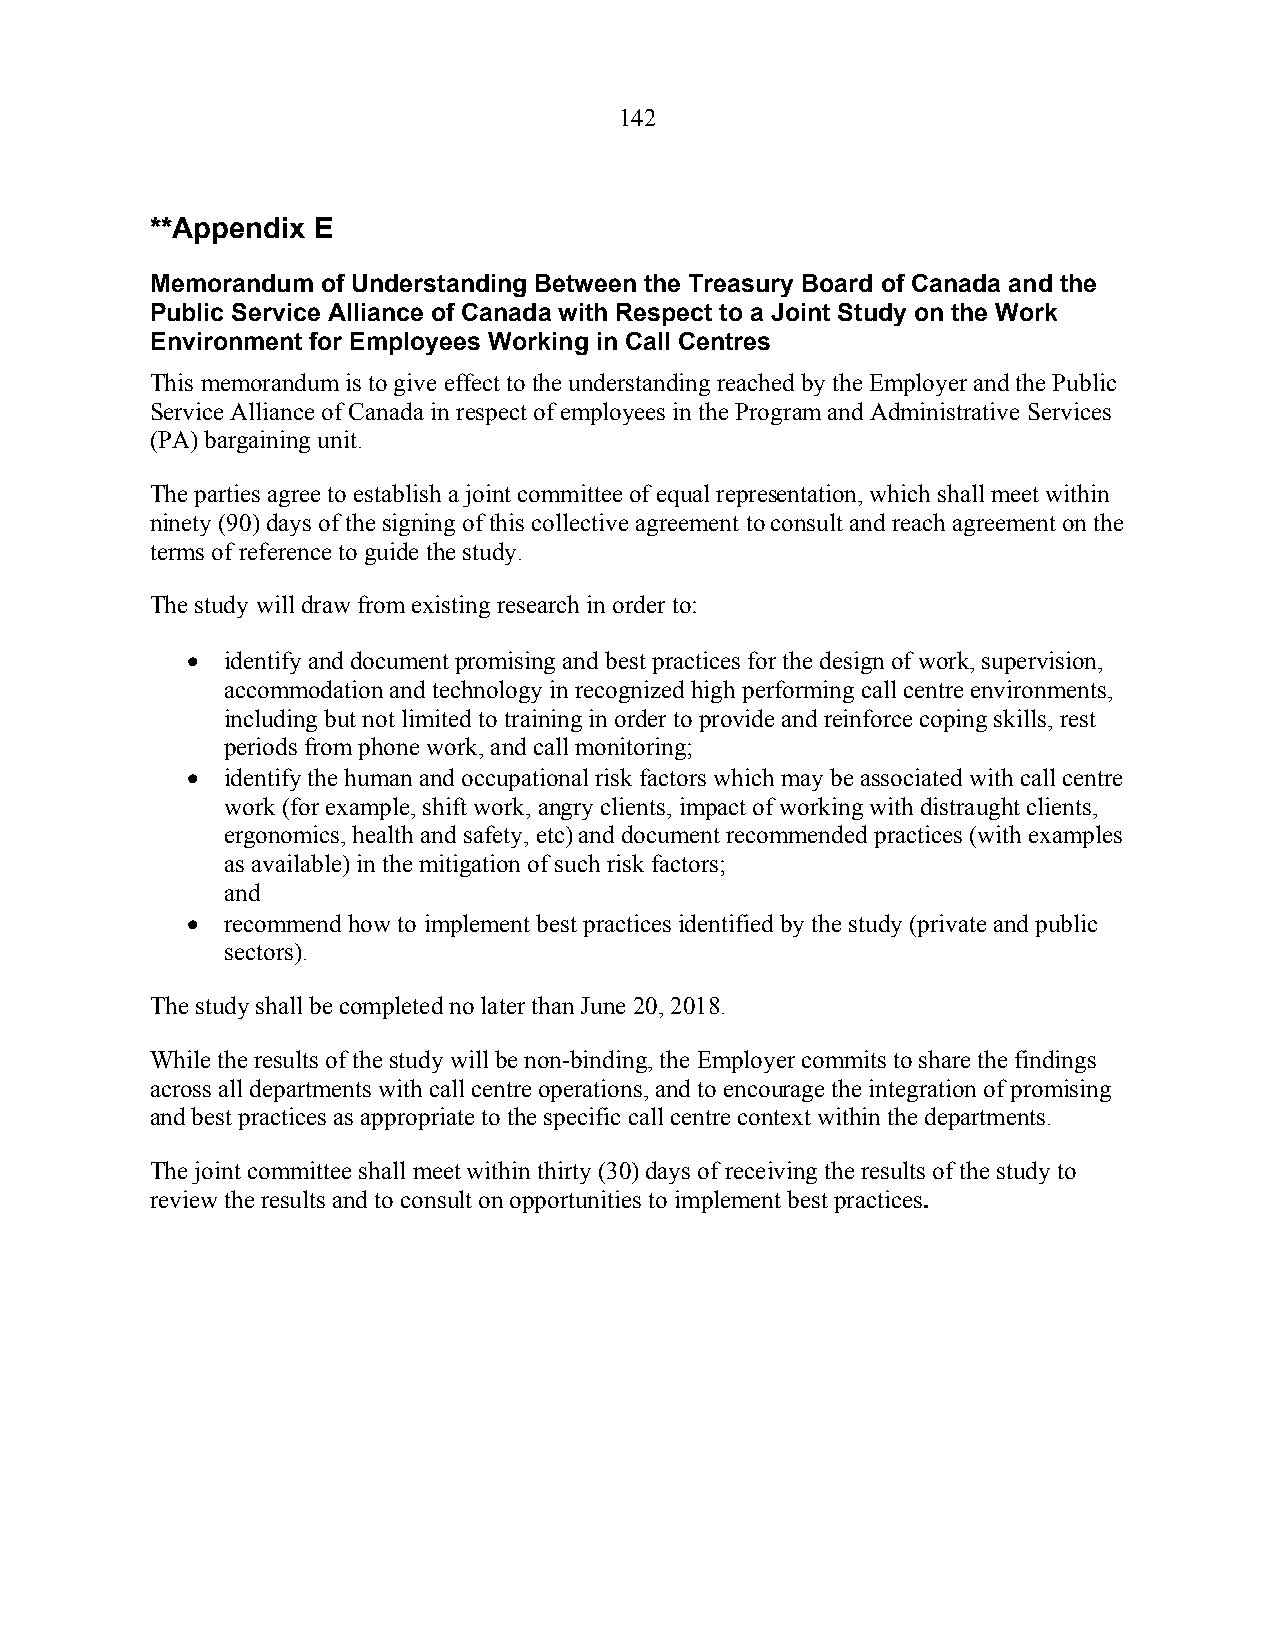
142
 **Appendix E
 Memorandum of Understanding Between the Treasury Board of Canada and the
 Public Service Alliance of Canada with Respect to a Joint Study on the Work
 Environment for Employees Working in Call Centres
 This memorandum is to give effect to the understanding reached by the Employer and the Public
 Service Alliance of Canada in respect of employees in the Program and Administrative Services
 (PA) bargaining unit.
 The parties agree to establish a joint committee of equal representation, which shall meet within
 ninety (90) days of the signing of this collective agreement to consult and reach agreement on the
 terms of reference to guide the study.
 The study will draw from existing research in order to:
   identify and document promising and best practices for the design of work, supervision,
 accommodation and technology in recognized high performing call centre environments,
 including but not limited to training in order to provide and reinforce coping skills, rest
 periods from phone work, and call monitoring;
   identify the human and occupational risk factors which may be associated with call centre
 work (for example, shift work, angry clients, impact of working with distraught clients,
 ergonomics, health and safety, etc) and document recommended practices (with examples
 as available) in the mitigation of such risk factors;
 and
   recommend how to implement best practices identified by the study (private and public
 sectors).
 The study shall be completed no later than June 20, 2018.
 While the results of the study will be non-binding, the Employer commits to share the findings
 across all departments with call centre operations, and to encourage the integration of promising
 and best practices as appropriate to the specific call centre context within the departments.
 The joint committee shall meet within thirty (30) days of receiving the results of the study to
 review the results and to consult on opportunities to implement best practices.